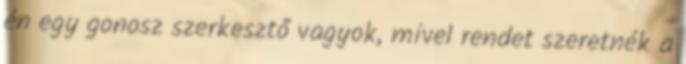
én egy gonosz szerkesztő vagyok, mivel rendet szeretnék a